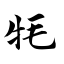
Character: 牦